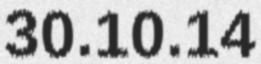
30.10.14